Civil Veterinary Department Bihar reports 1936-40 - 1936-1940
Year: 1936
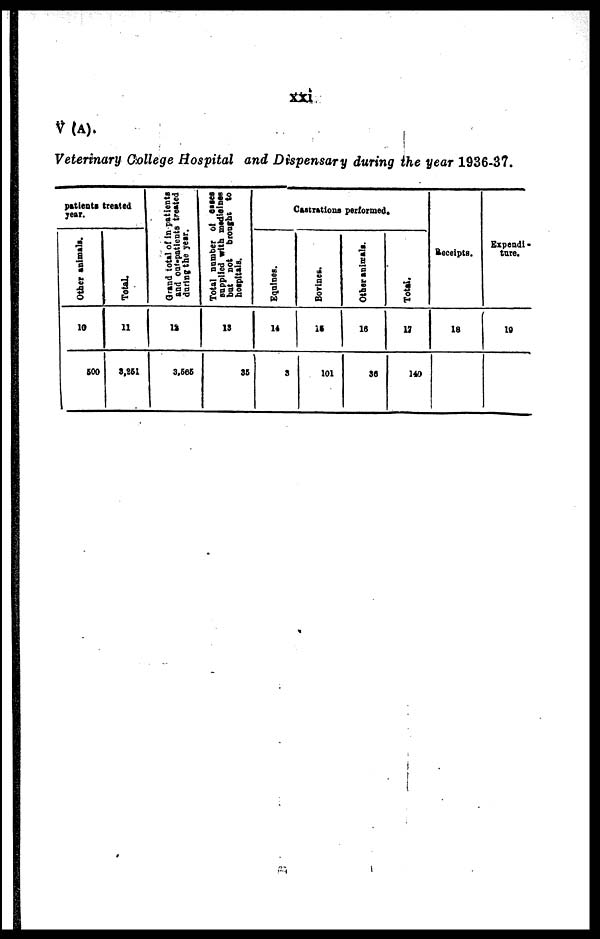
xxi
V (A).
Veterinary College Hospital and Dispensary during the year 1936-37.
patients treated
year.
Other animals.
10
500
Total.
11
3,251
Grand total of in patients
and out-patients treated
during the year.
12
3,505
Total number of cases
supplied with medicines
but not
brought to
hospitals.
13
35
Castrations performed.
Equines.
14
3
Bovines.
15
101
Other animals.
16
36
Total.
17
140
Receipts.
18
Expendi-
ture.
19